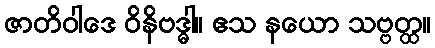
ဇာတိဝါဒေ ဝိနိဗဒ္ဓါ။ ဧသ နယော သဗ္ဗတ္ထ။